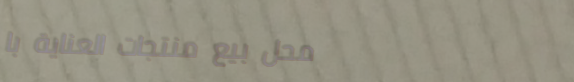
محل بيع منتجات العناية با